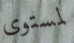
لمستوى